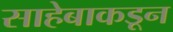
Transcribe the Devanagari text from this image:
साहेबाकडून